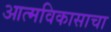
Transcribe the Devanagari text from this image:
आत्मविकासाचा